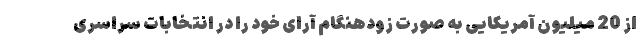
از 20 میلیون آمریکایی به صورت زودهنگام آرای خود را در انتخابات سراسری